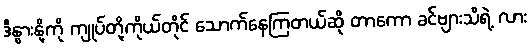
ဒီနွားနို့ကို ကျုပ်တို့ကိုယ်တိုင် သောက်နေကြတယ်ဆို တာကော ခင်ဗျားသိရဲ့ လား